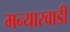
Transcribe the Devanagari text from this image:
मन्यारवाडी